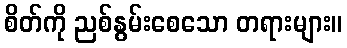
စိတ်ကို ညစ်နွမ်းစေသော တရားများ။